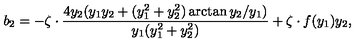
b _ { 2 } = - \zeta \cdot \frac { 4 y _ { 2 } ( y _ { 1 } y _ { 2 } + ( y _ { 1 } ^ { 2 } + y _ { 2 } ^ { 2 } ) \arctan { y _ { 2 } / y _ { 1 } } ) } { y _ { 1 } ( y _ { 1 } ^ { 2 } + y _ { 2 } ^ { 2 } ) } + \zeta \cdot f ( y _ { 1 } ) y _ { 2 } ,